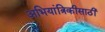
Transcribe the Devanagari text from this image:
अभियांत्रिकीसाठी